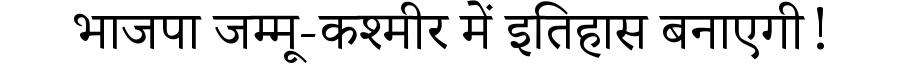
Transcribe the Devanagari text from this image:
भाजपा जम्मू-कश्मीर में इतिहास बनाएगी!